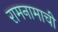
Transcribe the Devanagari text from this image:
रामनामाची